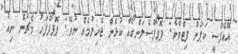
އޭއެފްސީ ކަޕަށް ފިޓްވާނެ: ޕޮޕޯފްސެލަންގޯއާ ކުޅެން ޖެހިލުމެއް ނުވޭ: ޕޮޕޯފްފަހު މެޗުން ނިއު